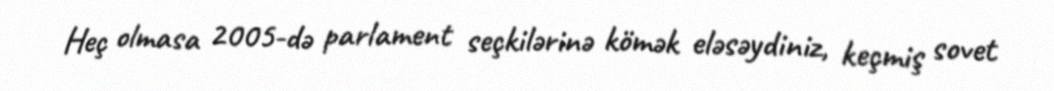
Heç olmasa 2005-də parlament seçkilərinə kömək eləsəydiniz, keçmiş sovet